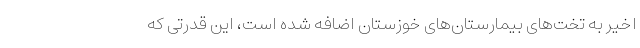
اخیر به تخت‌های بیمارستان‌های خوزستان اضافه شده است، این قدرتی که